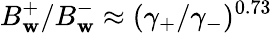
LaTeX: B_{\mathbf{w}}^{+}/B_{\mathbf{w}}^{-}\approx(\gamma_{+}/\gamma_{-})^{0.73}